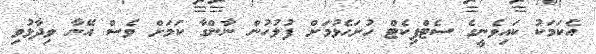
އެކަމަކު ކައިވެނީގެ ސެޓްފިކެޓް ހުށަހެޅުމަށް ފުލުހުން ނާންގާ ކަމަށް ވެސް އޭނާ ވިދާޅުވި